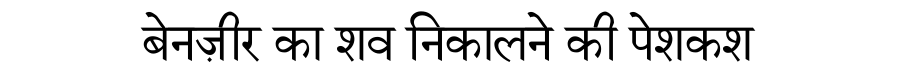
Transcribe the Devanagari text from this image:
बेनज़ीर का शव निकालने की पेशकश